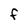
Character: f